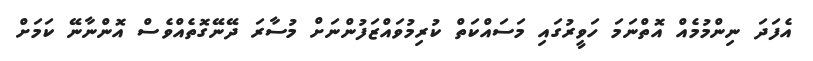
އެފަދަ ނިންމުމެއް އޮތްނަމަ ހަވީރުގައި މަސައްކަތް ކުރިމުވައްޒަފުންނަށް މުސާރަ ދޭނޭގޮތެއްވެސް އޮންނާނޭ ކަމަށް